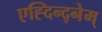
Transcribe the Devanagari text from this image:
एह्दिन्द्नेम्